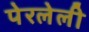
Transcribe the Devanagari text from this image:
पेरलेली